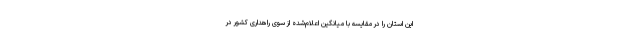
این استان را در مقایسه با میانگین اعلام‌شده از سوی راهداری کشور در